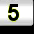
Digit: 5